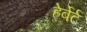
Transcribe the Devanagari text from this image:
हेर्बेर्ट